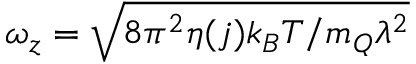
\omega _ { z } = \sqrt { 8 \pi ^ { 2 } \eta ( j ) k _ { B } T / m _ { Q } \lambda ^ { 2 } }